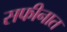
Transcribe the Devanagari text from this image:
सफीनात